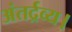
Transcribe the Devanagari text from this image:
अंतर्द्रव्य।